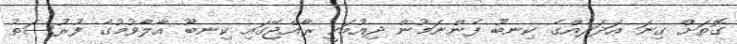
ގޮތަށް ގިނަ އަދަދެއްގެ ކިނބޫ ފެންނަމުން ދިއުމަކީ ރާއްޖޭގައި ކިނބޫ އާލާވުމުގެ ފުރުސަތު